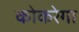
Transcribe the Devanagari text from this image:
कोकरेगा